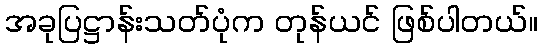
အခုပြဋ္ဌာန်းသတ်ပုံက တုန်ယင် ဖြစ်ပါတယ်။